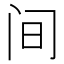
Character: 间